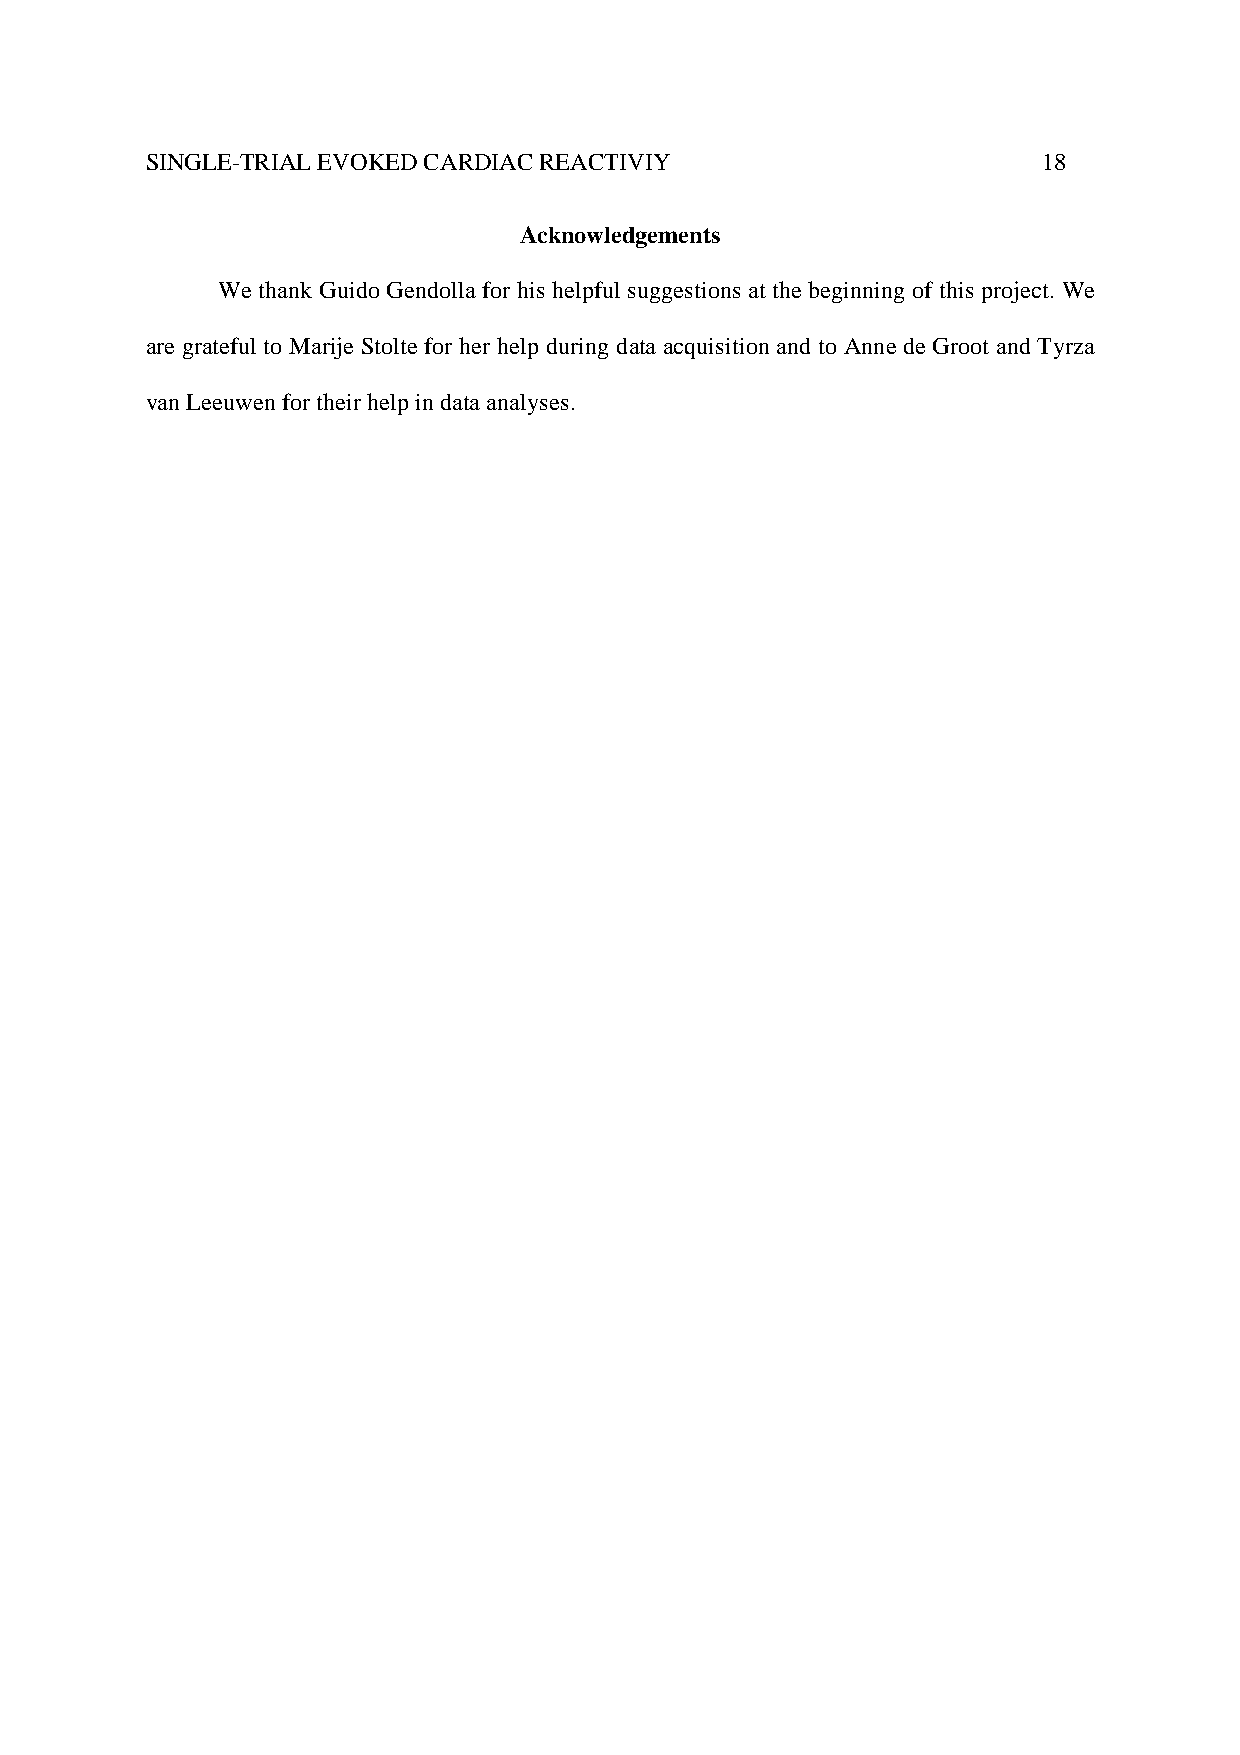
SINGLE-TRIAL EVOKED CARDIAC REACTIVIY                      18
 Acknowledgements
 We thank Guido Gendolla for his helpful suggestions at the beginning of this project. We
 are grateful to Marije Stolte for her help during data acquisition and to Anne de Groot and Tyrza
 van Leeuwen for their help in data analyses.